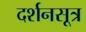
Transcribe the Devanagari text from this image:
दर्शनसूत्र